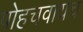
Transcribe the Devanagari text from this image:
पोहचवायच